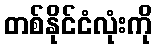
တစ်နိုင်ငံလုံးကို